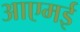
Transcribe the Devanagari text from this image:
आएमई